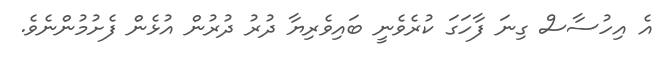
އެ އިހުސާސް ގިނަ ފާހަގަ ކުރެވެނީ ބައިވެރިޔާ ދުރު ދުރުން އުޅެން ފެށުމުންނެވެ.